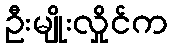
ဦးမျိုးလှိုင်က